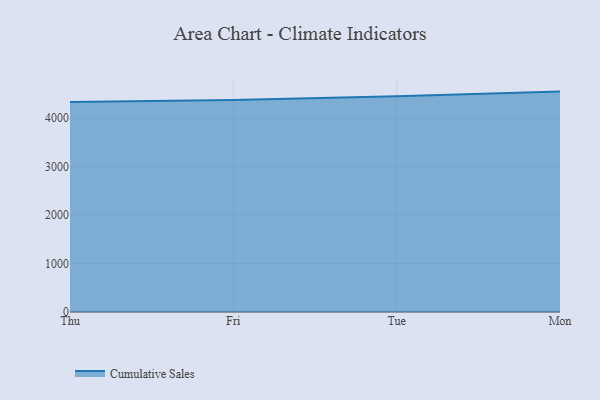
{"axis": {"x": "Day", "y": "Conversion Rate (%)"}, "legend": ["Cumulative Sales"], "data": [{"x": "Thu", "y": 4330.7, "type": "Cumulative Sales"}, {"x": "Fri", "y": 4375.9, "type": "Cumulative Sales"}, {"x": "Tue", "y": 4454.0, "type": "Cumulative Sales"}, {"x": "Mon", "y": 4547.8, "type": "Cumulative Sales"}]}